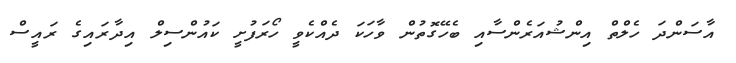
އާސަންދަ ހެލްތް އިންޝުއަރެންސާއި ބެހޭގޮތުން ވާހަކަ ދެއްކެވީ ހޯރަފުށީ ކައުންސިލް އިދާރައިގެ ރައީސް